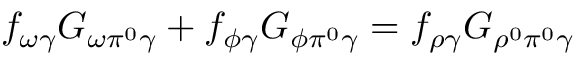
f _ { \omega \gamma } G _ { \omega \pi ^ { 0 } \gamma } + f _ { \phi \gamma } G _ { \phi \pi ^ { 0 } \gamma } = f _ { \rho \gamma } G _ { \rho ^ { 0 } \pi ^ { 0 } \gamma }